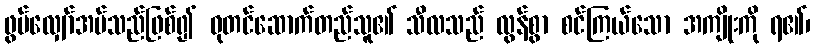
ဖွပ်လျှော်အပ်သည်ဖြစ်၍ ဓုတင်ဆောက်တည်သူ၏ သီလသည် လွန်စွာ စင်ကြယ်သော အကျိုးကို ရ၏၊